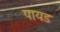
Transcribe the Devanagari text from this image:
पायड